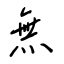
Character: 無